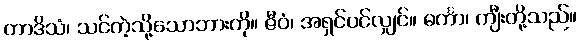
တာဒိသံ၊ သင်ကဲ့သို့သောဘားကို။ ဇီဝံ၊ အရှင်ပင်လျှင်။ ဓင်္ကာ၊ ကျီးတို့သည်။